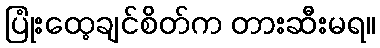
ပြုံးထေ့ချင်စိတ်က တားဆီးမရ။